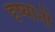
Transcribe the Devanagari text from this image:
दृष्यांनी